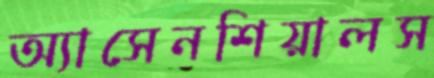
অ্যাসেনশিয়ালস